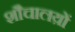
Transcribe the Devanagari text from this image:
शौचालय़ों